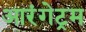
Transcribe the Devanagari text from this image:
आरंगेट्रम